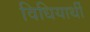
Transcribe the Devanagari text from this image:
विधियार्थी